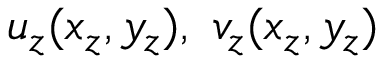
u _ { z } ( x _ { z } , y _ { z } ) , ~ v _ { z } ( x _ { z } , y _ { z } )